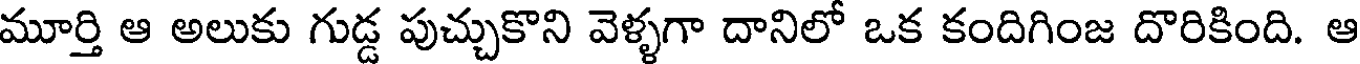
మూర్తి ఆ అలుకు గుడ్డ పుచ్చుకొని వెళ్ళగా దానిలో ఒక కందిగింజ దొరికింది. ఆ